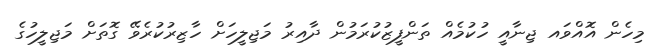
މިހެން އޮއްވައ ޖިނާއީ ހުކުމެއް ތަންފީޒުކުރަމުން ދާއިރު މަޖިލީހަށް ހާޒިރުކުރެވޭ ގޮތަށް މަޖިލީހުގެ